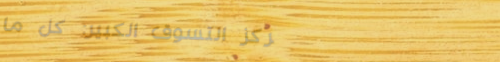
مركز التسوق الكبير: كل ما